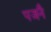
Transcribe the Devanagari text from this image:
पजनै